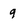
Character: 9